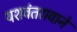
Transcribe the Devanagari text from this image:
यशवंतरावाने